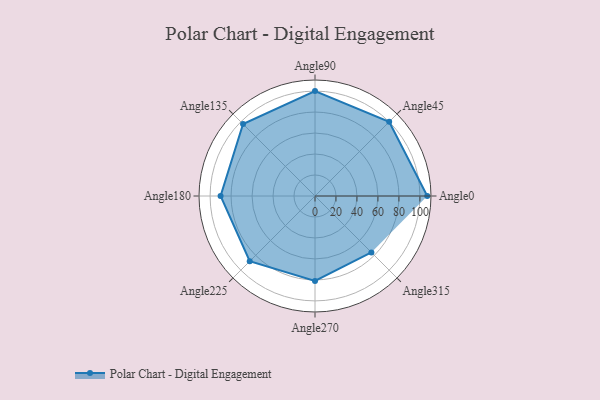
{"axis": {"x": "Angle", "y": "Radius"}, "legend": [""], "data": [{"x": "Angle0", "y": 107.0, "type": ""}, {"x": "Angle45", "y": 100.0, "type": ""}, {"x": "Angle90", "y": 100.0, "type": ""}, {"x": "Angle135", "y": 97.0, "type": ""}, {"x": "Angle180", "y": 90.0, "type": ""}, {"x": "Angle225", "y": 88.0, "type": ""}, {"x": "Angle270", "y": 81.0, "type": ""}, {"x": "Angle315", "y": 76.0, "type": ""}]}